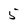
Character: 5